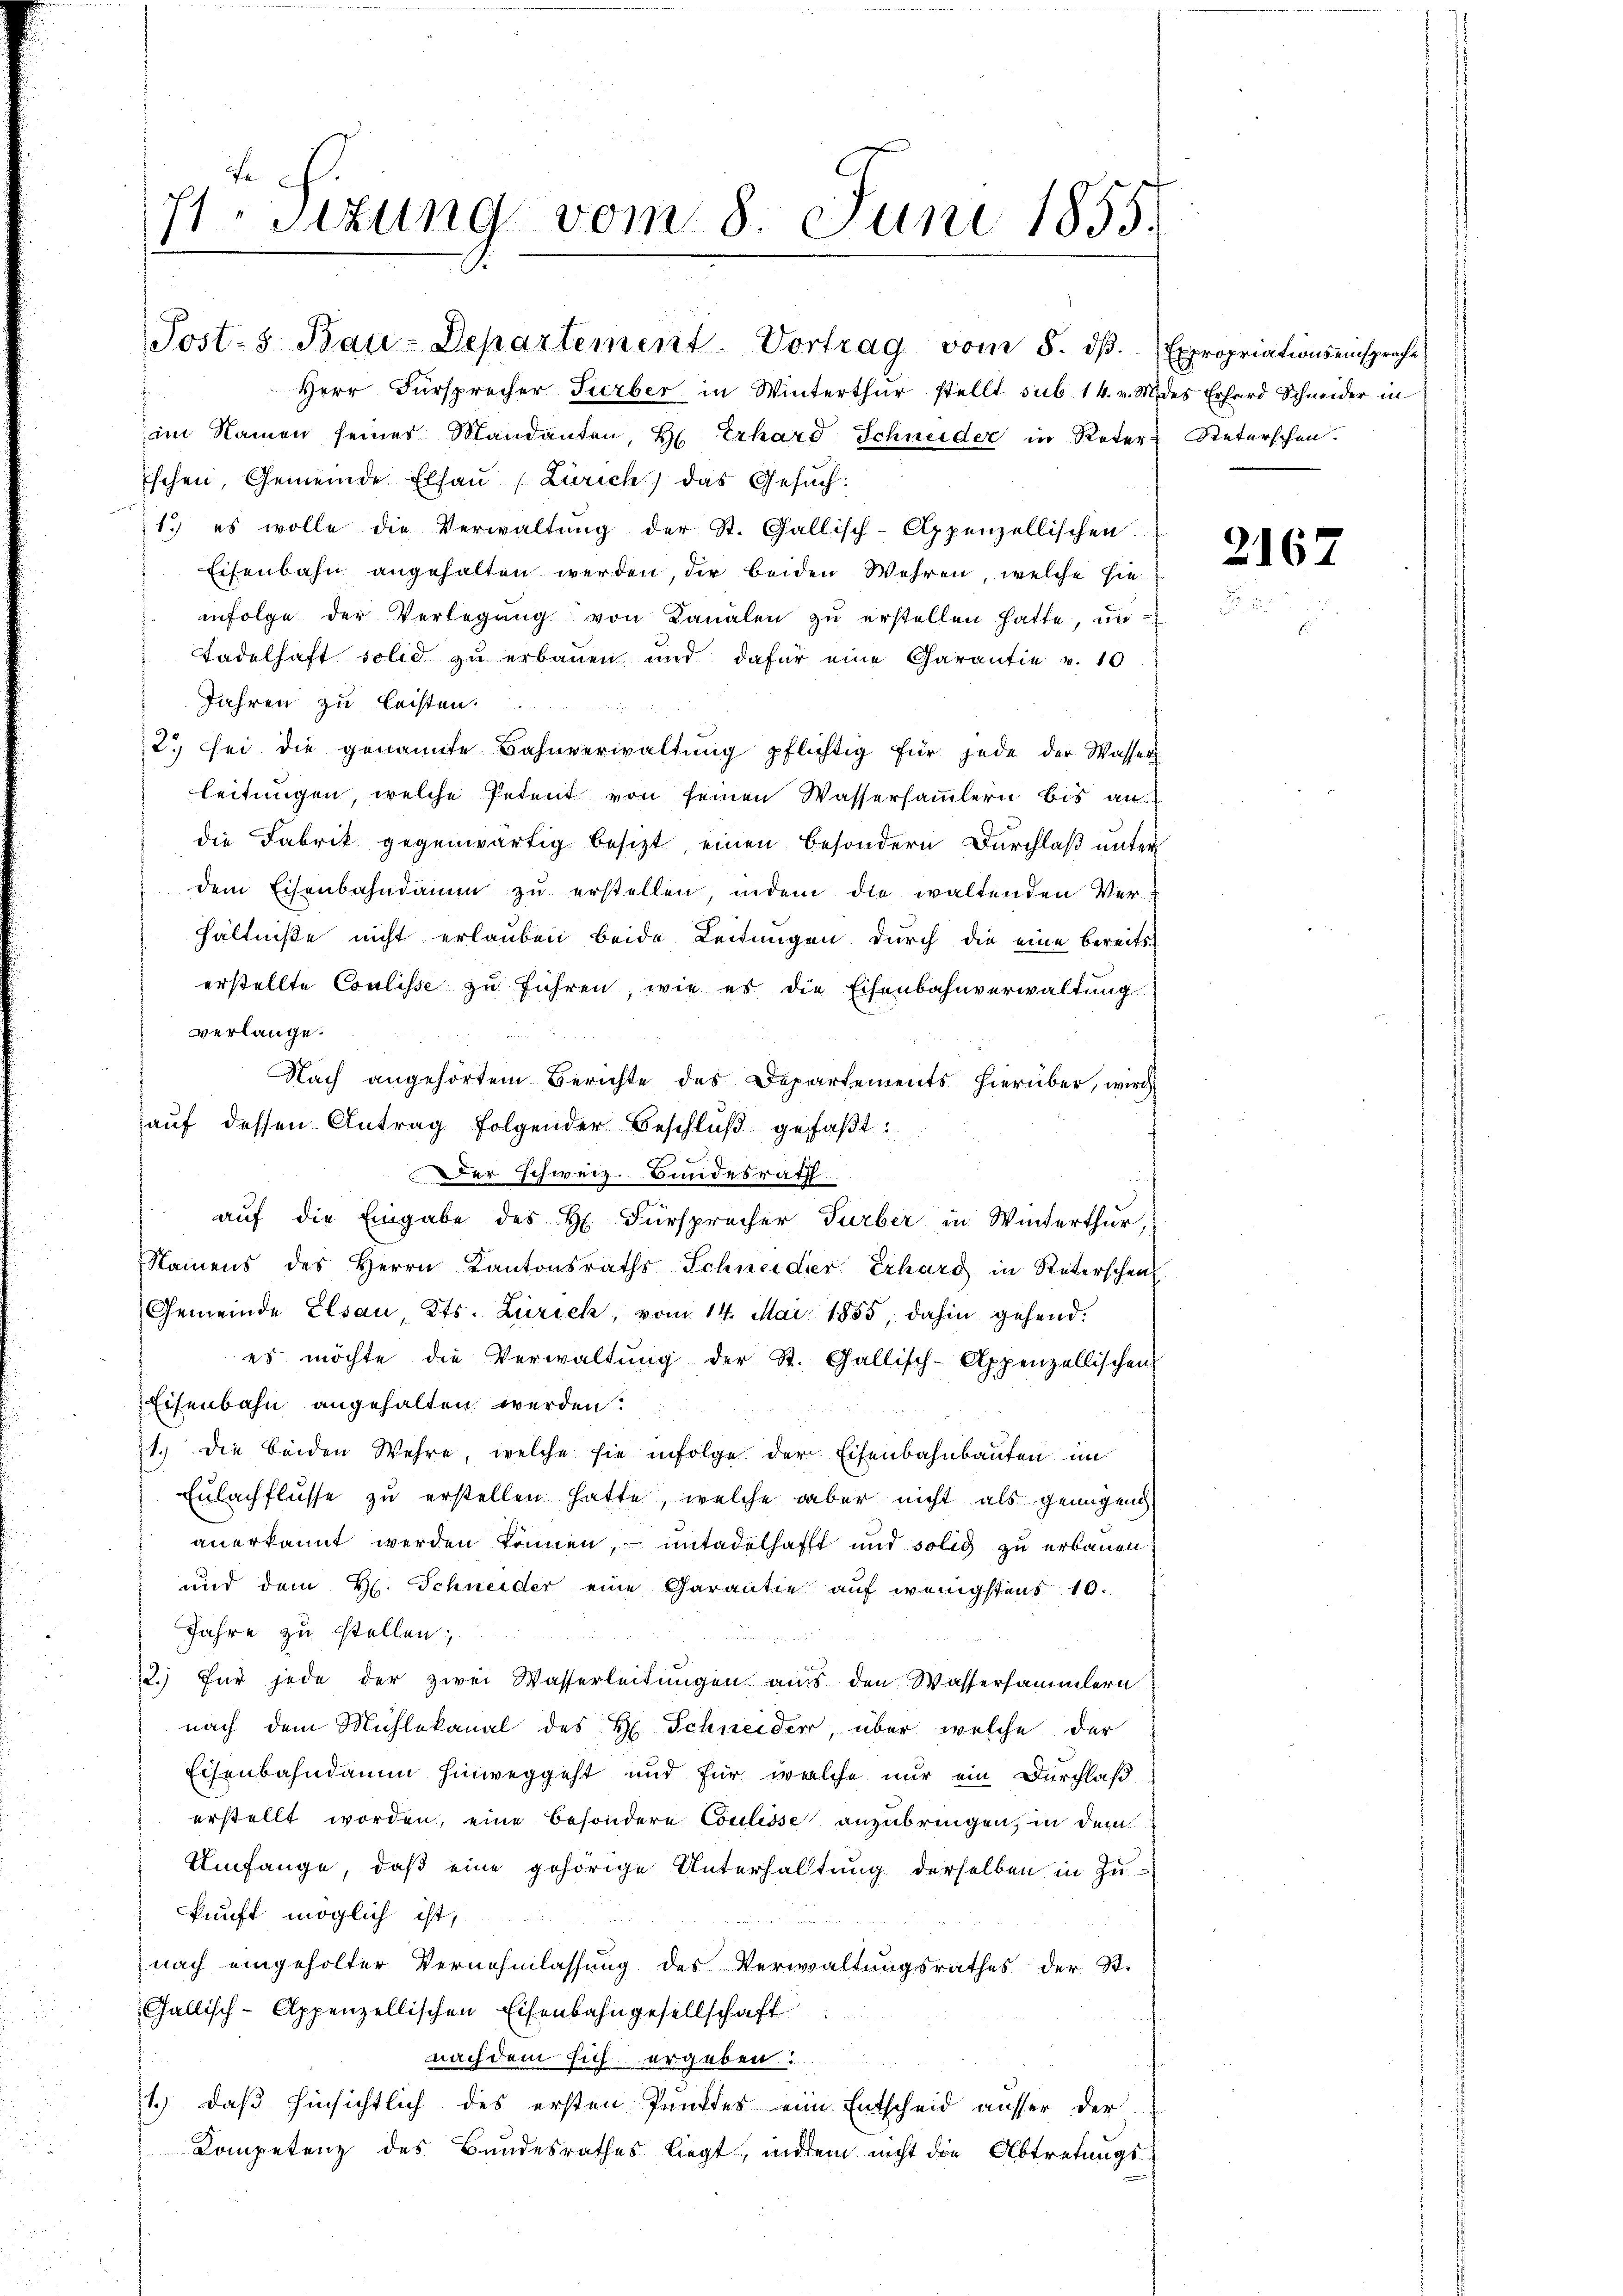
71 sizung vom 8. Juni 1855.

Herr Fürsprecher Turber in Winterthur stellt sub. 14. v. M.
im Namen seines Mandanten, H. Erhard Schneider in Reter Reterschen.
Eschen, Gemeinde Elsau (Zürich) das Gesuch:
1.) es wolle die Verwaltŭng der St. Gallisch-Appenzellischen
Eisenbahn angehalten werden, der beiden Wahren, welche sie
infolge der Verlegŭng von Kanalen zŭ erstellen hatte, un¬
Tadelhaft solid zu erbauen und dafür eine Garantie v. 10
Jahren zu leisten.
2 sei die genannte Bahnverwaltŭng pflichtig für jede der Wasser
leitungen, welche Petent von seinen Wassersammlern bis an
die Fabrik gegenwärtig besizt, einen besondern Durchlaß unter
 dem Eisenbahndamm zu erstellen, indem die waltenden Ver-
hältniße nicht erlauben beide Leitungen durch die eine bereits
erstellte Coulisse zu führen, wie es die Eisenbahnverwaltung
verlange.
Nach angehörtem Berichte des Departements hierüber, wird
aŭf dessen Antrag folgender Beschlŭβ gefaßt:
Der Schweiz. Bundesrath
auf die Eingabe des H. Fürspracher Turber in Winterthur,
Namens des Herrn Kantonsraths-Schneider Erhard in Reterschen
Gemeinde Elsau, Kts. Zürich, vom 14. Mai 1855, dahin gehend:
es möchte die Verwaltŭng der St. Gallisch-Appenzellischen
Eisenbahn angehalten werden.
11. Die beiden Wehre, welche sie infolge der Eisenbahnbauten im
Eulachflusse zu erstellen hatte, welche aber nicht als genügend
anerkannt werden können, – untadelhafft und solid zu erbauen
und dem H. Schneider eine Garantie auf wenigstens 10.
Jahre zu stellen;
22. Für jede der zwei Wasserleitungen aus den Wassersammlern
nach dem Mühlekanal des H. Schneider, über welche der
Eisenbahndamm hinweggeht und für welche nur ein Durchlaß
erstellt worden, eine besondere Coulisse anzubringen, in dem
Umfange, daß eine gehörige Unterhaltung derselben in Zukunft möglich ist,
nach eingeholter Vernehmlassung des Verwaltungsrathes der St.
Gallisch-Appenzellischen Eisenbahngesellschaft
nach dem sich ergeben
1.) Daß hinsichtlich des ersten Punktes eine Entscheid ausser der
Kompetenz des Bundesrathes liegt, indem nicht die Abtretungs-

Posts Bau-Departement-Vortrag vom 8. dβ.

Expropriationseinsprache
des Erhard Schneider in

2167